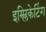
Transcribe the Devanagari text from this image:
इम्प्लिकेटिंग